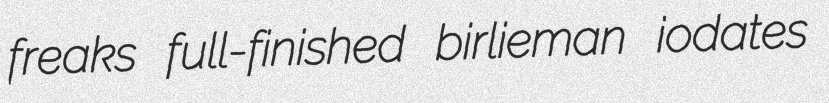
freaks full-finished birlieman iodates